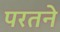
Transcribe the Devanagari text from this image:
परतने